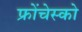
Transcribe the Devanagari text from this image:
फ्रोंचेस्को